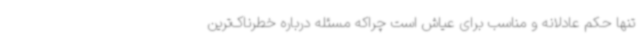
تنها حکم عادلانه و مناسب برای عیاش است چراکه مسئله درباره خطرناک‌ترین